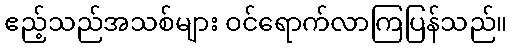
ဧည့်သည်အသစ်များ ဝင်ရောက်လာကြပြန်သည်။